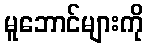
မူဘောင်များကို